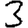
Digit: 3